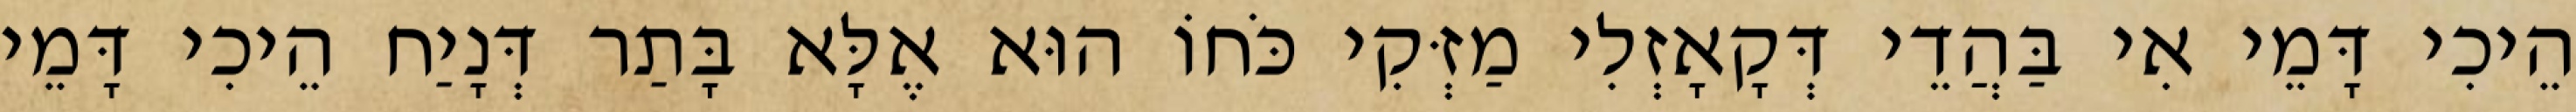
הֵיכִי דָּמֵי אִי בַּהֲדֵי דְּקָאָזְלִי מַזְּקִי כֹּחוֹ הוּא אֶלָּא בָּתַר דְּנָיַח הֵיכִי דָּמֵי